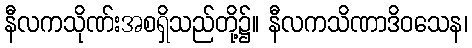
နီလကသိုဏ်းအစရှိသည်တို့၌။ နီလကသိဏာဒိဝသေန၊